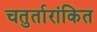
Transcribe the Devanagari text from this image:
चतुर्तारांकित